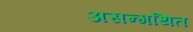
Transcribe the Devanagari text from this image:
असन्गथित